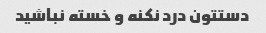
دستتون درد نکنه و خسته نباشید